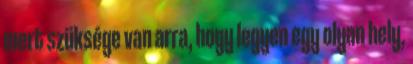
mert szüksége van arra, hogy legyen egy olyan hely,